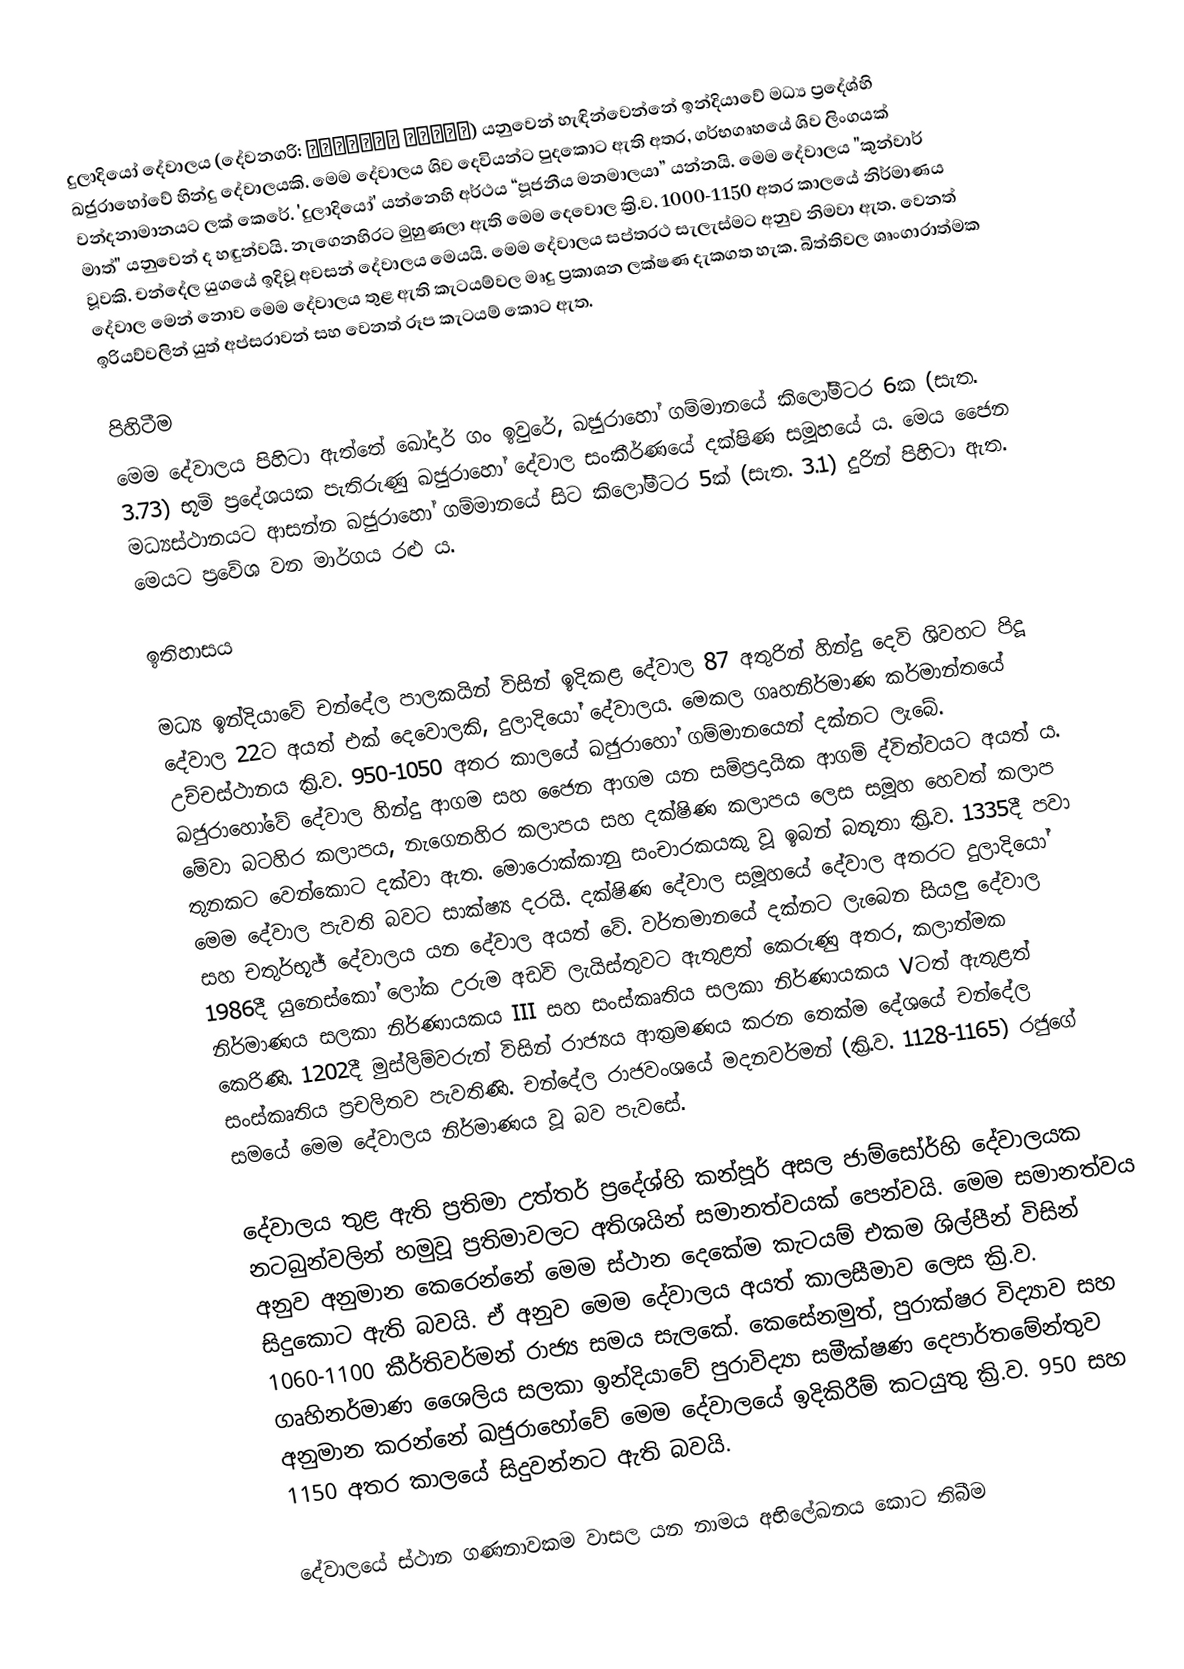
දුලාදියෝ දේවාලය (දේවනගරි: दुलादेव मंदिर) යනුවෙන් හැඳින්වෙන්නේ ඉන්දියාවේ මධ්‍ය ප්‍රදේශ්හි ඛජුරාහෝවේ හින්දු දේවාලයකි. මෙම දේවාලය ශිව දෙවියන්ට පුදකොට ඇති අතර, ගර්භගෘහයේ ශිව ලිංගයක් වන්දනාමානයට ලක් කෙරේ. 'දුලාදියෝ' යන්නෙහි අර්ථය “පූජනීය මනමාලයා” යන්නයි. මෙම දේවාලය "කුන්වාර් මාත්" යනුවෙන් ද හඳුන්වයි. නැගෙනහිරට මුහුණලා ඇති මෙම දෙවොල ක්‍රි.ව. 1000-1150 අතර කාලයේ නිර්මාණය වූවකි. චන්දේල යුගයේ ඉදිවූ අවසන් දේවාලය මෙයයි. මෙම දේවාලය සප්තරථ සැලැස්මට අනුව නිමවා ඇත. වෙනත් දේවාල මෙන් නොව මෙම දේවාලය තුළ ඇති කැටයම්වල මෘදු ප්‍රකාශන ලක්ෂණ දැකගත හැක. බිත්තිවල ශෘංගාරාත්මක ඉරියව්වලින් යුත් අප්සරාවන් සහ වෙනත් රූප කැටයම් කොට ඇත.

පිහිටීම
මෙම දේවාලය පිහිටා ඇත්තේ ඛෝදාර් ගං ඉවුරේ, ඛජුරාහෝ ගම්මානයේ කිලෝමීටර 6ක (සැත. 3.73) භූමි ප්‍රදේශයක පැතිරුණු ඛජුරාහෝ දේවාල සංකීර්ණයේ දක්ෂිණ සමූහයේ ය. මෙය ජෛන මධ්‍යස්ථානයට ආසන්න ඛජුරාහෝ ගම්මානයේ සිට කිලෝමීටර 5ක් (සැත. 3.1) දුරින් පිහිටා ඇත. මෙයට ප්‍රවේශ වන මාර්ගය රළු ය.

ඉතිහාසය

මධ්‍ය ඉන්දියාවේ චන්දේල පාලකයින් විසින් ඉදිකළ දේවාල 87 අතුරින් හින්දු දෙවි ශිවහට පිදූ දේවාල 22ට අයත් එක් දෙවොලකි, දුලාදියෝ දේවාලය. මෙකල ගෘහනිර්මාණ කර්මාන්තයේ උච්චස්ථානය ක්‍රි.ව. 950-1050 අතර කාලයේ ඛජුරාහෝ ගම්මානයෙන් දක්නට ලැබේ. ඛජුරාහෝවේ දේවාල හින්දු ආගම සහ ජෛන ආගම යන සම්ප්‍රදායික ආගම් ද්විත්වයට අයත් ය. මේවා බටහිර කලාපය, නැගෙනහිර කලාපය සහ දක්ෂිණ කලාපය ලෙස සමූහ හෙවත් කලාප තුනකට වෙන්කොට දක්වා ඇත. මොරොක්කානු සංචාරකයකු වූ ඉබන් බතූතා ක්‍රි.ව. 1335දී පවා මෙම දේවාල පැවති බවට සාක්ෂ්‍ය දරයි. දක්ෂිණ දේවාල සමූහයේ දේවාල අතරට දුලාදියෝ සහ චතුර්භූජ් දේවාලය යන දේවාල අයත් වේ. වර්තමානයේ දක්නට ලැබෙන සියලු දේවාල 1986දී යුනෙස්කෝ ලෝක උරුම අඩවි ලැයිස්තුවට ඇතුළත් කෙරුණු අතර, කලාත්මක නිර්මාණය සලකා නිර්ණායකය III සහ සංස්කෘතිය සලකා නිර්ණායකය Vටත් ඇතුළත් කෙරිණි. 1202දී මුස්ලිම්වරුන් විසින් රාජ්‍යය ආක්‍රමණය කරන තෙක්ම දේශයේ චන්දේල සංස්කෘතිය ප්‍රචලිතව පැවතිණි. චන්දේල රාජවංශයේ මදනවර්මන් (ක්‍රි.ව. 1128-1165) රජුගේ සමයේ මෙම දේවාලය නිර්මාණය වූ බව පැවසේ.

දේවාලය තුළ ඇති ප්‍රතිමා උත්තර් ප්‍රදේශ්හි කන්පූර් අසල ජාම්සෝර්හි දේවාලයක නටබුන්වලින් හමුවූ ප්‍රතිමාවලට අතිශයින් සමානත්වයක් පෙන්වයි. මෙම සමානත්වය අනුව අනුමාන කෙරෙන්නේ මෙම ස්ථාන දෙකේම කැටයම් එකම ශිල්පීන් විසින් සිදුකොට ඇති බවයි. ඒ අනුව මෙම දේවාලය අයත් කාලසීමාව ලෙස ක්‍රි.ව. 1060-1100 කීර්තිවර්මන් රාජ්‍ය සමය සැලකේ. කෙසේනමුත්, පුරාක්ෂර විද්‍යාව සහ ගෘහිනර්මාණ ශෛලිය සලකා ඉන්දියා‍වේ පුරාවිද්‍යා සමීක්ෂණ දෙපාර්තමේන්තුව අනුමාන කරන්නේ ඛජුරාහෝවේ මෙම දේවාලයේ ඉදිකිරීම් කටයුතු ක්‍රි.ව. 950 සහ 1150 අතර කාලයේ සිදුවන්නට ඇති බවයි.

දේවාලයේ ස්ථාන ගණනාවකම වාසල යන නාමය අභිලේඛනය කොට තිබීම